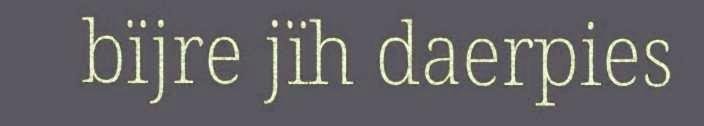
bïjre jïh daerpies